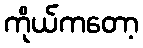
ကိုယ်ကတော့